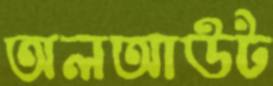
অলআউট